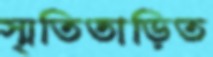
স্মৃতিতাড়িত